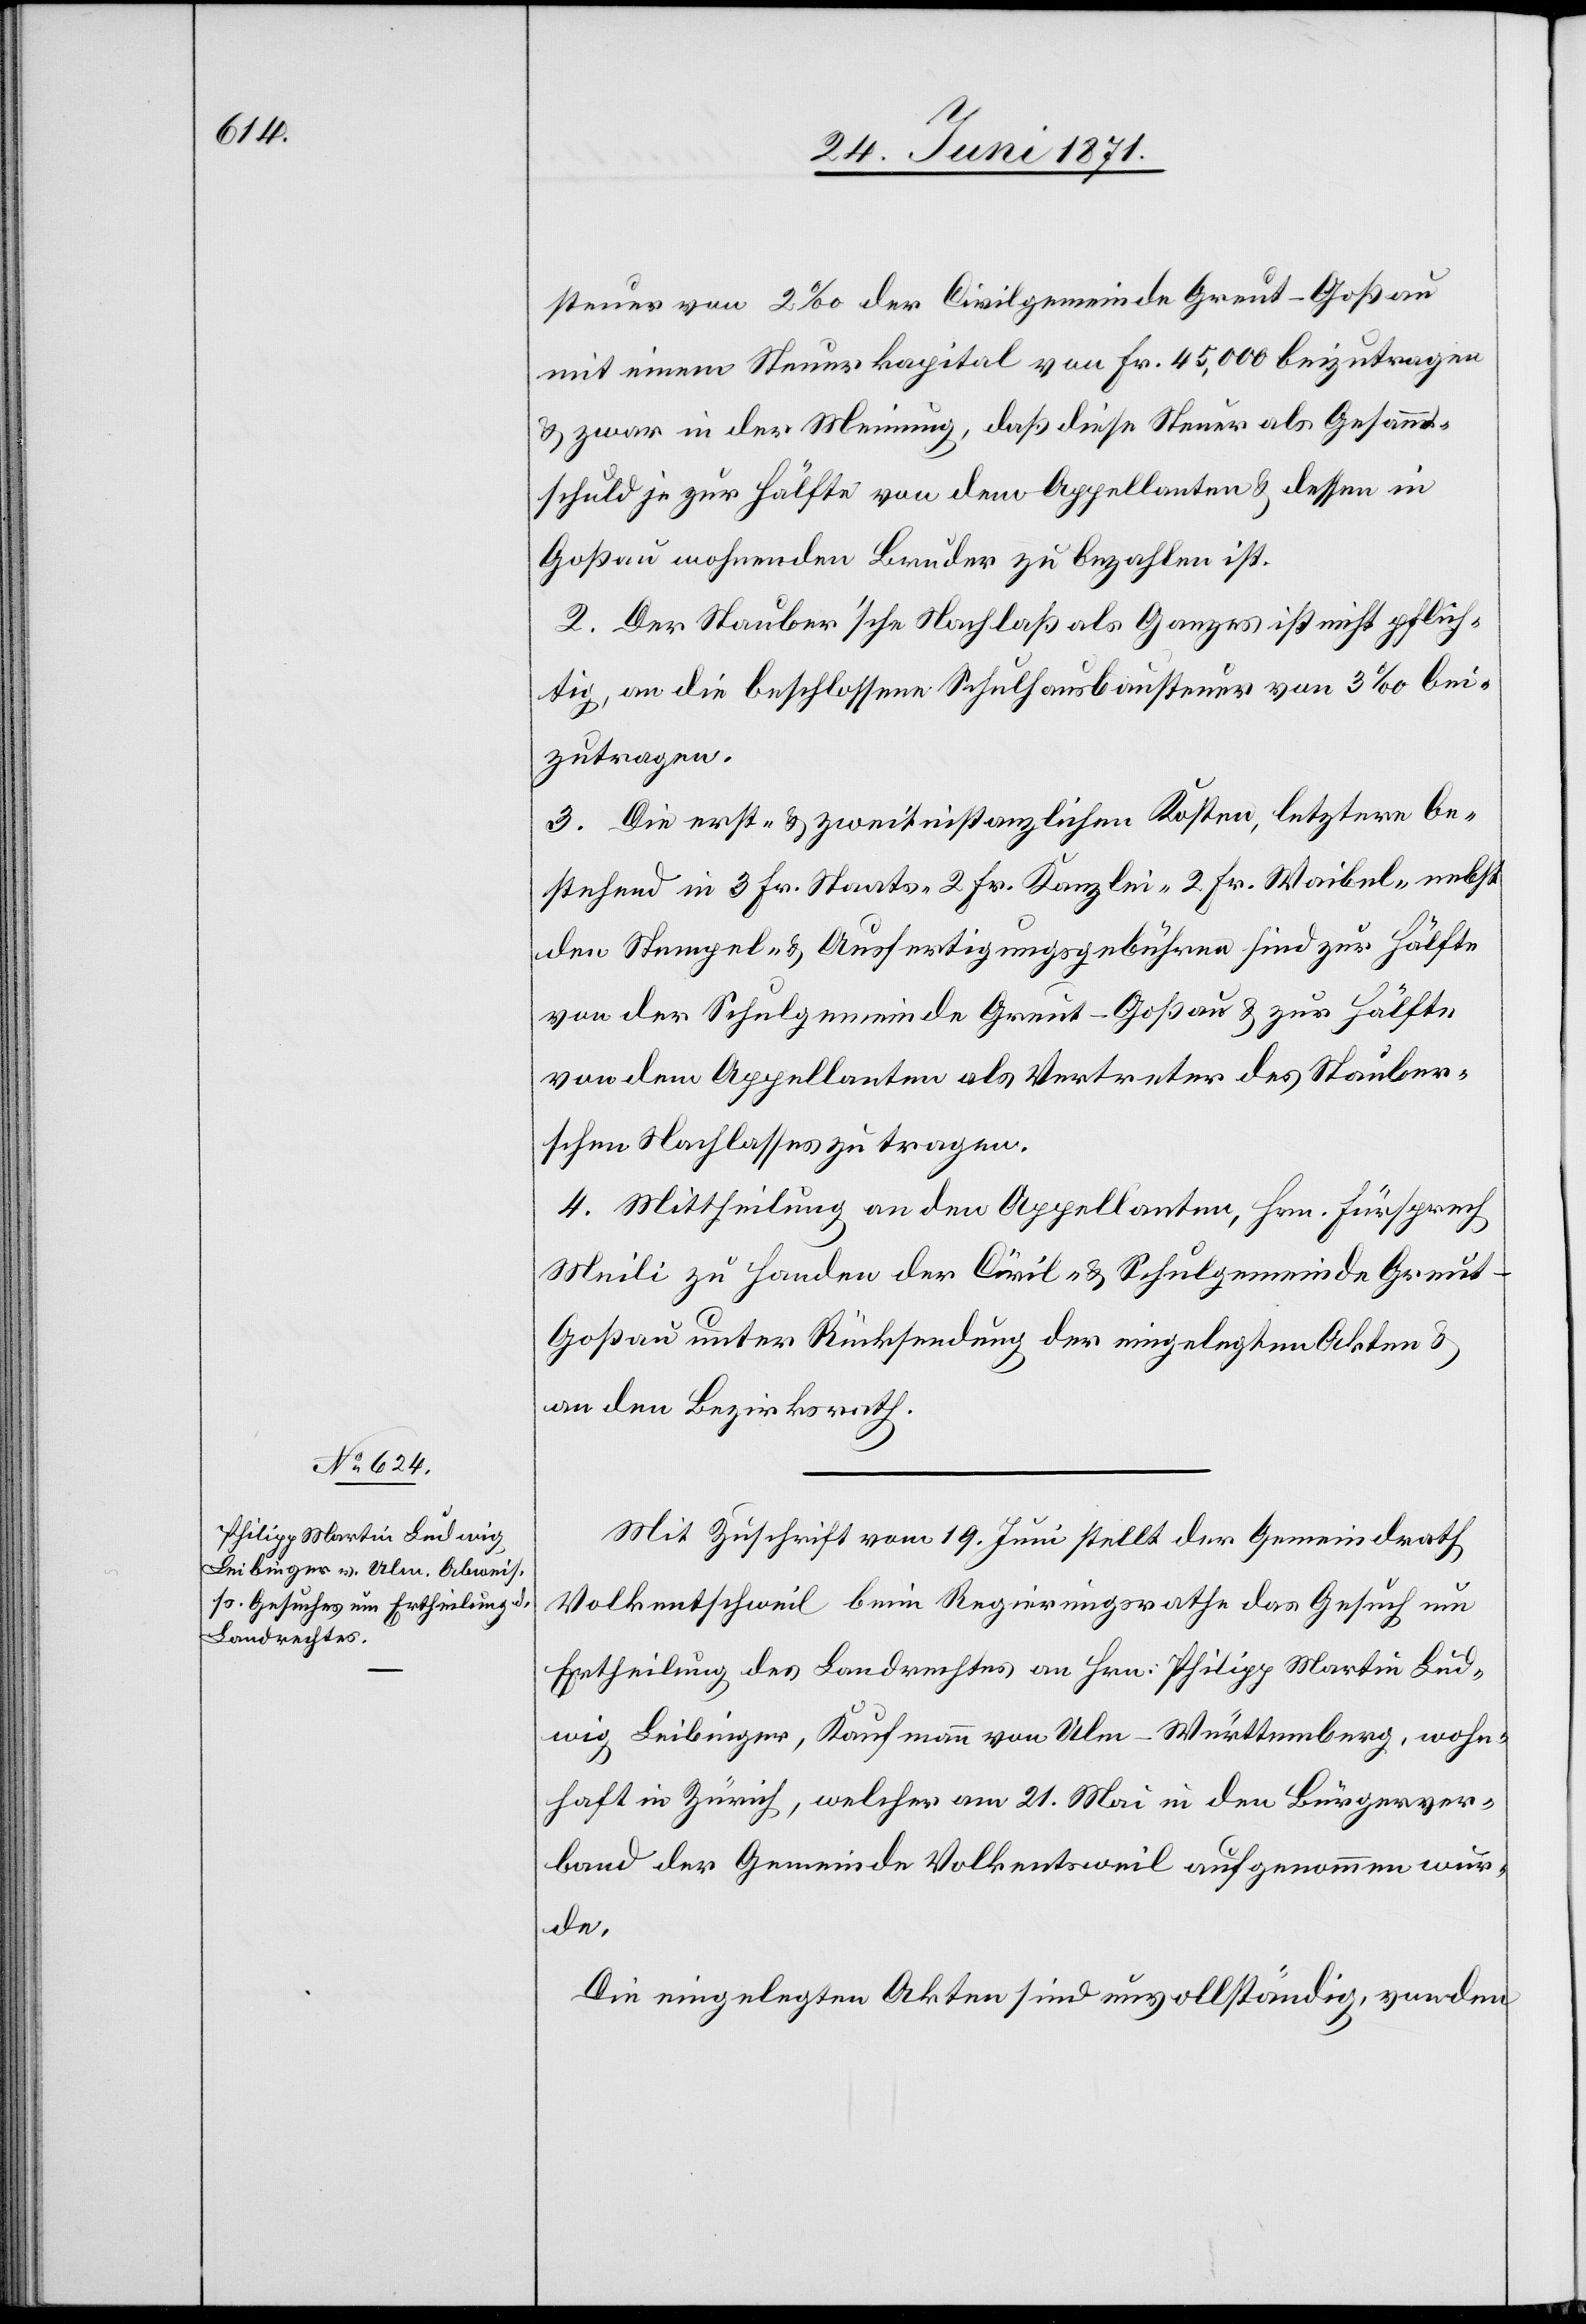
Mit Zuschrift vom 19. Juni stellt der Gemeindrath
Volkentschweil beim Regierungsrathe das Gesuch um
Ertheilung des Landrechtes an Hrn. Philipp Martin Lud¬
wig Leibinger, Kaufmann von Ulm-Württemberg, wohn¬
haft in Zürich, welcher am 21. Mai in den Bürgerver¬
band der Gemeinde Volkentsweil [sic!] aufgenommen wer¬
de.
Die eingelegten Akten sind unvollständig, von den